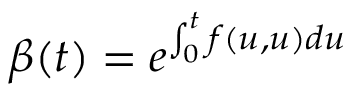
\beta ( t ) = e ^ { \int _ { 0 } ^ { t } f ( u , u ) d u }